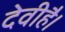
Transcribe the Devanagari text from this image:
देवीहै।